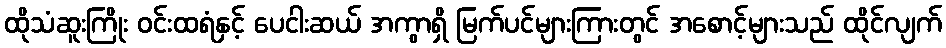
ထိုသံဆူးကြိုး ဝင်းထရံနှင့် ပေငါးဆယ် အကွာရှိ မြက်ပင်များကြားတွင် အစောင့်များသည် ထိုင်လျက်